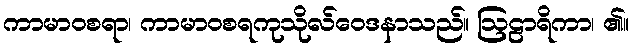
ကာမာဝစရာ၊ ကာမာဝစရကုသိုလ်ဝေဒနာသည်။ ဩဠာရိကာ၊ ၏။